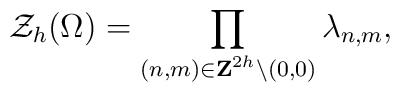
{\cal Z}_h(\Omega)=\prod_{(n,m)\in {\bf Z}^{2h}\backslash{(0,0)}}\lambda_{n,m},